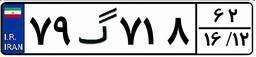
۴۰گ۸۸۷۳۶